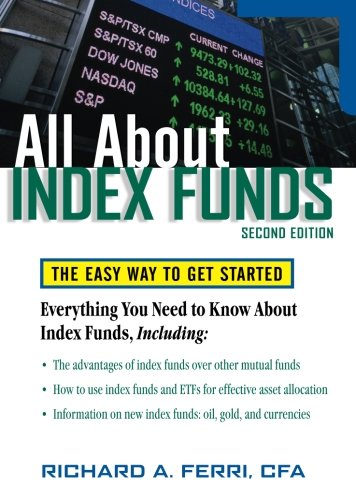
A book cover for All About Index Funds: The Easy Way to Get Started (All About Series); Richard Ferri; Business & Money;